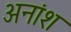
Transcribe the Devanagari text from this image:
अनांश